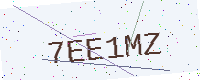
Text: 7EE1MZ